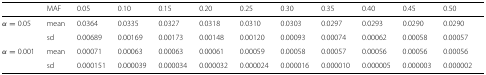
<table><thead><tr><td>[EMPTY_CELL]</td><td><b>MAF</b></td><td><b>0.05</b></td><td><b>0.10</b></td><td><b>0.15</b></td><td><b>0.20</b></td><td><b>0.25</b></td><td><b>0.30</b></td><td><b>0.35</b></td><td><b>0.40</b></td><td><b>0.45</b></td><td><b>0.50</b></td></tr></thead><tbody><tr><td><i>α</i>=0.05</td><td>mean</td><td>0.0364</td><td>0.0335</td><td>0.0327</td><td>0.0318</td><td>0.0310</td><td>0.0303</td><td>0.0297</td><td>0.0293</td><td>0.0290</td><td>0.0290</td></tr><tr><td>[EMPTY_CELL]</td><td>sd</td><td>0.00689</td><td>0.00169</td><td>0.00173</td><td>0.00148</td><td>0.00120</td><td>0.00093</td><td>0.00074</td><td>0.00062</td><td>0.00058</td><td>0.00057</td></tr><tr><td><i>α</i>=0.001</td><td>mean</td><td>0.00071</td><td>0.00063</td><td>0.00063</td><td>0.00061</td><td>0.00059</td><td>0.00058</td><td>0.00057</td><td>0.00056</td><td>0.00056</td><td>0.00056</td></tr><tr><td>[EMPTY_CELL]</td><td>sd</td><td>0.000151</td><td>0.000039</td><td>0.000034</td><td>0.000032</td><td>0.000024</td><td>0.000016</td><td>0.000010</td><td>0.000005</td><td>0.000003</td><td>0.000002</td></tr></tbody></table>